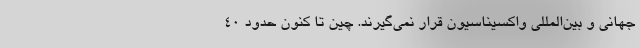
جهانی و بین‌المللی واکسیناسیون قرار نمی‌گیرند. چین تا کنون حدود 40